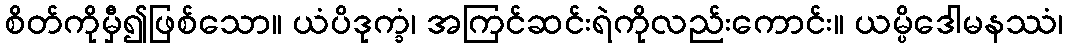
စိတ်ကိုမှီ၍ဖြစ်သော။ ယံပိဒုက္ခံ၊ အကြင်ဆင်းရဲကိုလည်းကောင်း။ ယမ္ပိဒေါမနဿံ၊